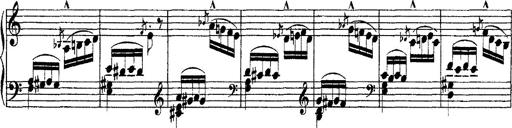
Title: Grandes Ã©tudes de Paganini
Composer: Franz Liszt